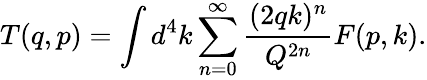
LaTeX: T(q,p)=\int d^{4}k\sum_{n=0}^{\infty}\frac{(2qk)^{n}}{Q^{2n}}F(p,k).